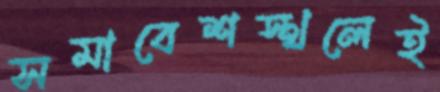
সমাবেশস্থলেই